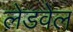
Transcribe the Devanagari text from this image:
लेडवेल